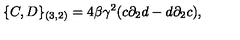
\{ C , D \} _ { ( 3 , 2 ) } = 4 \beta { \gamma } ^ { 2 } ( c { \partial } _ { 2 } d - d { \partial } _ { 2 } c ) ,